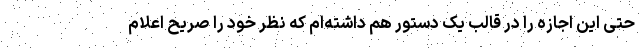
حتی این اجازه را در قالب یک دستور هم داشته‌ام که نظر خود را صریح اعلام